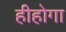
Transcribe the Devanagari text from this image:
हीहोगा